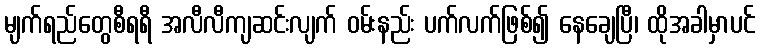
မျက်ရည်တွေစီရရီ အလီလီကျဆင်းလျက် ဝမ်းနည်း ပက်လက်ဖြစ်၍ နေချေပြီ၊ ထိုအခါမှာပင်